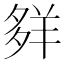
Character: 𦍹